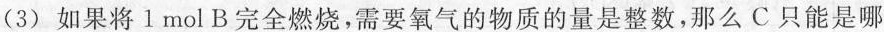
(3)如果将1mol B完全燃烧，需要氧气的物质的量是整数，那么C只能是哪